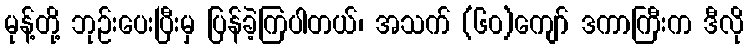
မုန့်တို့ ဘုဉ်းပေးပြီးမှ ပြန်ခဲ့ကြပါတယ်၊ အသက် (၆၀)ကျော် ဒကာကြီးက ဒီလို